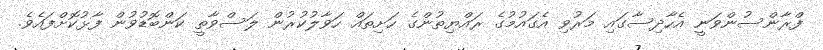
ފްރާންސުންވަނީ އެހާދިސާގައި މަރުވި އެގައުމުގެ ރައްޔިތުންގެ ހަށިތައް ހަވާލުކުރުން ލަސްވާތީ ކަންބޮޑުވުން ފާޅުކޮށްފައެވެ.